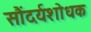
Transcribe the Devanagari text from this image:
सौंदर्यशोधक